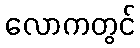
လောကတွင်